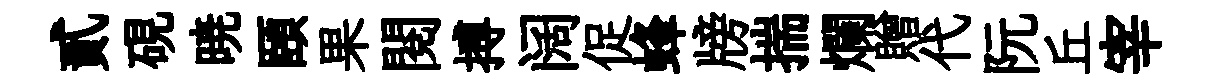
貳硯暁頤果閲搏阔促蜂牓揣爛贈代阮丘宰